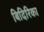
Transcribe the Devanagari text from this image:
बिदिरिका